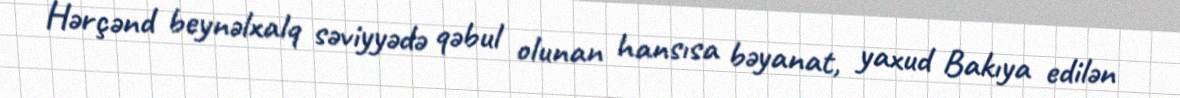
Hərçənd beynəlxalq səviyyədə qəbul olunan hansısa bəyanat, yaxud Bakıya edilən